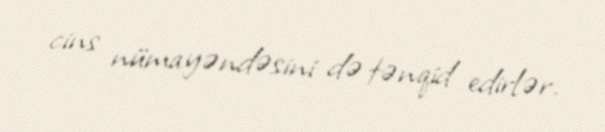
cins nümayəndəsini də tənqid edirlər.